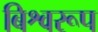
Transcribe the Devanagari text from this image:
बिश्वरूप